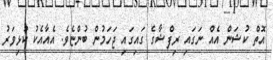
އޮތް ކުޝަން އެއް ނަގައި ރިފްޝާގެ ގައިގައި ޖަހަމުން ބުންޏެވެ. އެއާއެކު ކުޅިވަރު